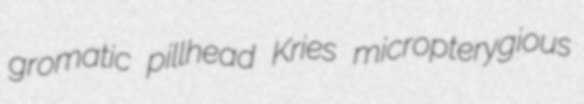
gromatic pillhead Kries micropterygious